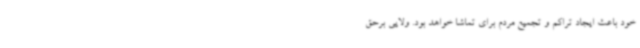
خود باعث ایجاد تراکم و تجمیع مردم برای تماشا خواهد بود. ولایی برحق